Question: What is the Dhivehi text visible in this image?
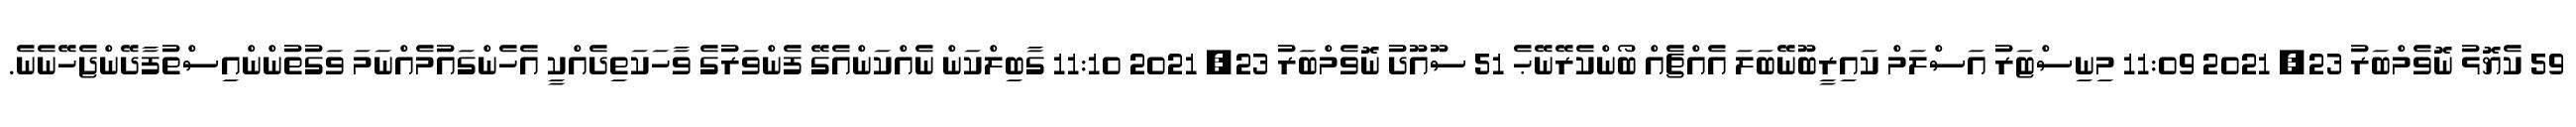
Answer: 59 ކެޔޮޅު ނޮވެމްބަރު 23, 2021 11:09 މިނިސްޓަރު އަސްލަމް ކައިރީބޫނޭބަލަ އެއްޗެއް ބޯންކެރޭނޭޙެ 51 ސޫއޫދު ނޮވެމްބަރު 23, 2021 11:10 ގާބިލްކަން ނެއްކަންއެގޭ ފެންވަރުގެ ވާހަކަތިދެއްކީ އެހެންގައުމެއްނަމަ ވަގުތުންންއިސްތުފާދޭންޖެހޭނެނެ.